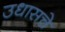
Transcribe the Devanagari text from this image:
उधासचे